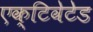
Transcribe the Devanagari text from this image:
एक्टिवेटेड